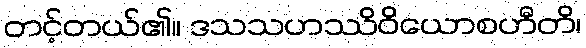
တင့်တယ်၏။ ဒသသဟဿိဝိယောစဟီတိ၊